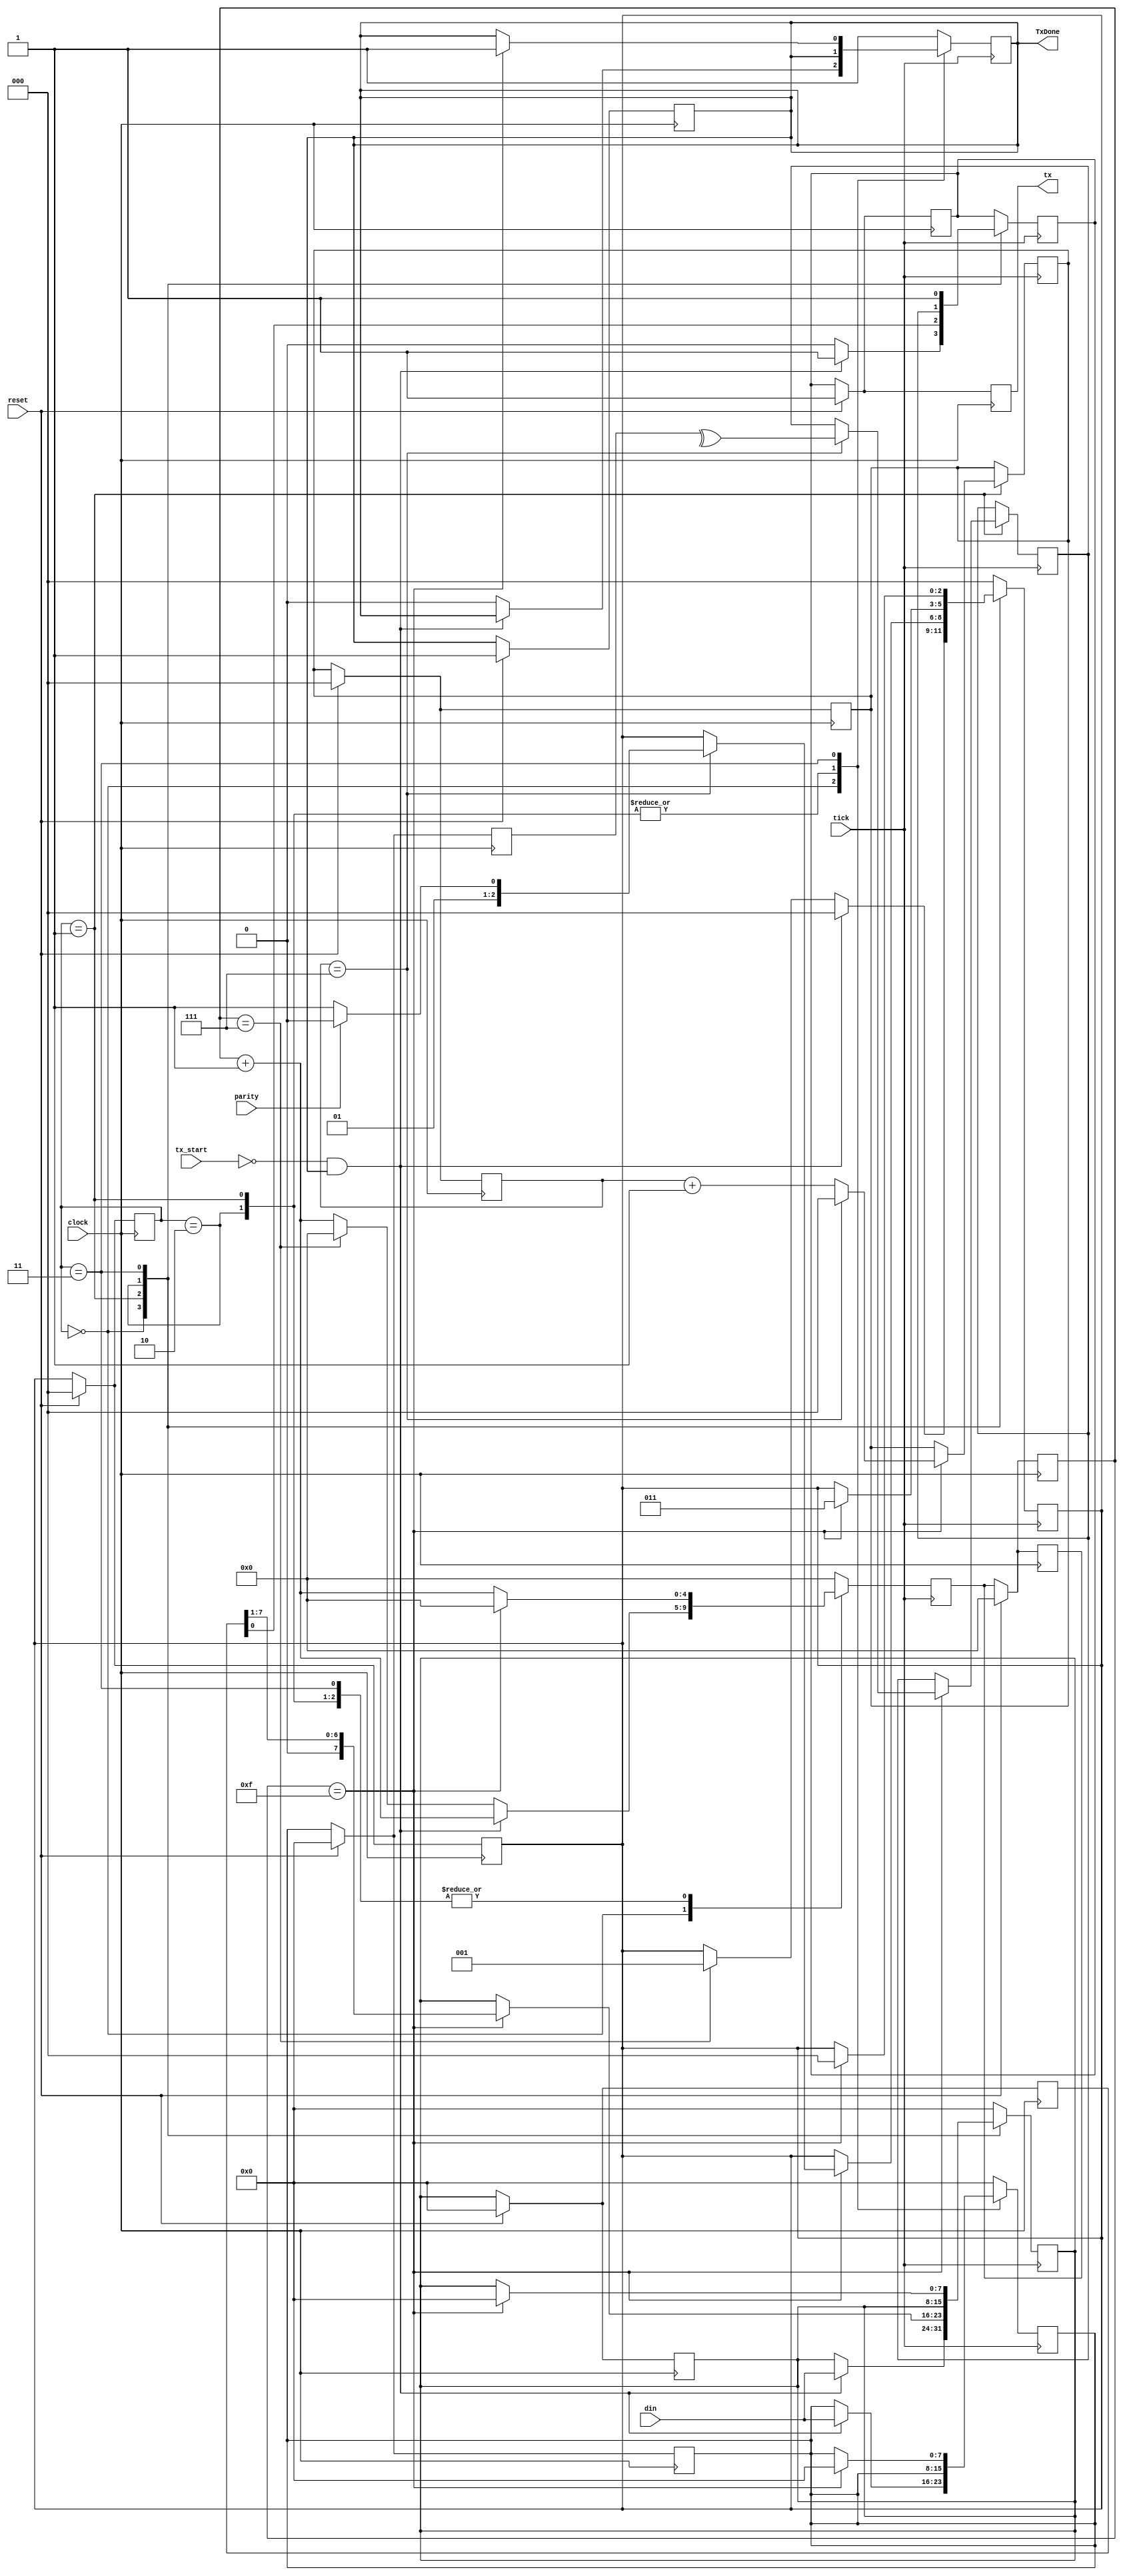
`timescale 1ns / 1ps

module tx
    #(
        parameter N_BITS = 8,     //cantidad de bits de dato
        parameter N_TICK = 16     // # ticks para stop bits 
    )(
        input wire clock,
        input wire reset,
        input wire tick,
        input wire parity,
        input wire tx_start,

        input wire [N_BITS - 1 : 0] din, //Data input

        //Receiver interface
        output reg TxDone, //Transmitter done
        output wire tx //Transmitter serial output
    );

    //State declaration
    //According to Lattice semmiconductors state diagram (This implementation is a simplifed version)
    //UART Reference Design 1011 June 2011
    localparam [2 : 0] START     = 3'b000;
    localparam [2 : 0] SHIFT     = 3'b001;
    localparam [2 : 0] PARITY    = 3'b010;
    localparam [2 : 0] STOP_1B   = 3'b011;
    //Not implemented:
    //localparam [2 : 0] STOP_2B   = 3'b100;
    //localparam [2 : 0] STOP_1_5B = 3'b101;
    
    //Transmition params
    localparam START_b = 1'b0;
    localparam STOP_b  = 1'b1;

    //Masks

    //Memory
    reg [2 : 0] state;
    reg [2 : 0] next_state;
    reg tx_reg;
    reg next_tx;
    reg paridad;
    reg done;

    //Register
    reg [N_BITS - 1 : 0] tsr; //Transmit Shift Register
    reg [N_BITS - 1 : 0] thr; //Transmit Holding Register
    reg [N_BITS - 1 : 0] next_tsr;
    reg [N_BITS - 1 : 0] next_thr;

    //Local
    reg [4 : 0] tick_counter;
    reg [2 : 0] bit_counter;

    reg [4 : 0] next_tick_counter;
    reg [2 : 0] next_bit_counter;



    always @(posedge clock) //Memory
    begin
        if(reset) 
        begin
            state <= START;
            tx_reg <= STOP_b; 
            thr <= 0;
            tsr <= 0;            
            tick_counter <= 0;
            bit_counter <= 0;
            
            next_thr <= 0;
            next_tsr <= 0;
            next_tx <= STOP_b; 
            next_state <= START;
            next_tick_counter <= 0;
            next_bit_counter <= 0;
            
            TxDone <= 1;
        end
        else //Update every variable state
        begin
            state <= next_state;
            tx_reg <= next_tx;
            tick_counter <= next_tick_counter;
            bit_counter <= next_bit_counter;
            thr <= next_thr;
            tsr <= next_tsr;
        end

    end

    always @(posedge tick) //Next state logic
    begin
        next_tick_counter = tick_counter + 1;

        case(state)
            START:
            begin
                if(tx_start == 0 & TxDone)
                begin
                    next_thr = din;
                    next_tsr = din;
                    next_tx = STOP_b;
                    next_state = START; 
                end
                else
                begin
                    TxDone = 0;
                    next_tx = START_b; 
                    if(tick_counter == ((N_TICK / 2)-1))
                    begin
                        next_state = SHIFT; 
                        next_tick_counter = 0;
                    end
                end
            end
            SHIFT:
            begin
                next_tx = tsr[0];
                if(tick_counter == (N_TICK - 1))
                begin
                    next_tsr = tsr >> 1;
                    next_bit_counter = bit_counter + 1;
                    if((bit_counter == (N_BITS -1)))
                    begin
                        if(parity) next_state = PARITY;
                        else next_state = STOP_1B;

                        paridad = (^thr);
                        next_bit_counter = 0;
                    end
                    next_tick_counter = 0;
                end
            end
            PARITY:
            begin
                next_tx = paridad;
                if(tick_counter == (N_TICK - 1))
                begin
                    next_state = STOP_1B;
                    next_tick_counter = 0;
                end
            end
            STOP_1B:
            begin
                next_tx = STOP_b;
                if(tick_counter == (N_TICK - 1))
                begin
                    TxDone = 1;

                    next_thr = 0;
                    next_tsr = 0;
                    next_state = START;
                    next_tick_counter = 0;
                end                
            end
            default: //Fault recovery
            begin
                TxDone = 1;
                next_thr = 0;
                next_tsr = 0;
                next_state = START; 
                next_tick_counter = 0;
            end
        endcase
    end

    assign tx = tx_reg;
endmodule